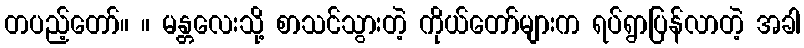
တပည့်တော်။ ။ မန္တလေးသို့ စာသင်သွားတဲ့ ကိုယ်တော်များက ရပ်ရွာပြန်လာတဲ့ အခါ